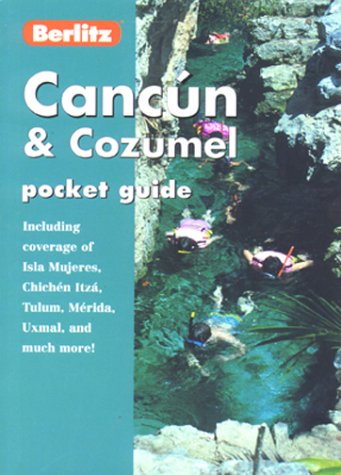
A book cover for CANCUN & COZUMEL POCKET GUIDE (Pocket Guides); Lindsay Bennett; Travel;